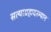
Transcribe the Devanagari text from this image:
सत्याग्रहादरम्यान